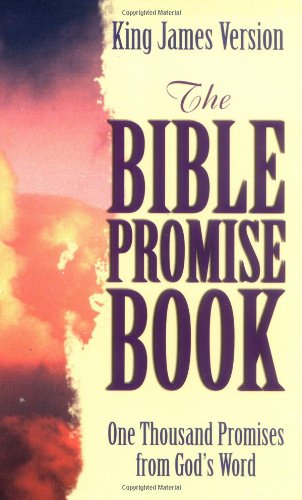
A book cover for The Bible Promise Book; Barbour Publishing; Christian Books & Bibles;